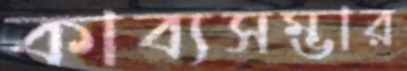
কাব্যসম্ভার